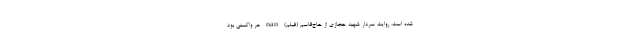
شده است. روایت سردار شهید حجازی از حاج‌قاسم (فیلم) nan هر واکسنی بود